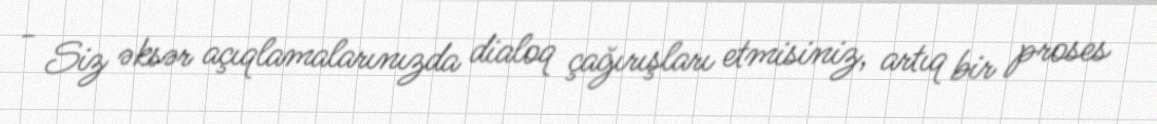
- Siz əksər açıqlamalarınızda dialoq çağırışları etmisiniz, artıq bir proses